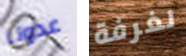
عدونا لغرفة